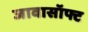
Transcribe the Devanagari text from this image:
जावासॉफ्ट